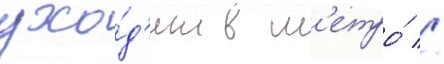
ухо́д'ит в м'етро́ //